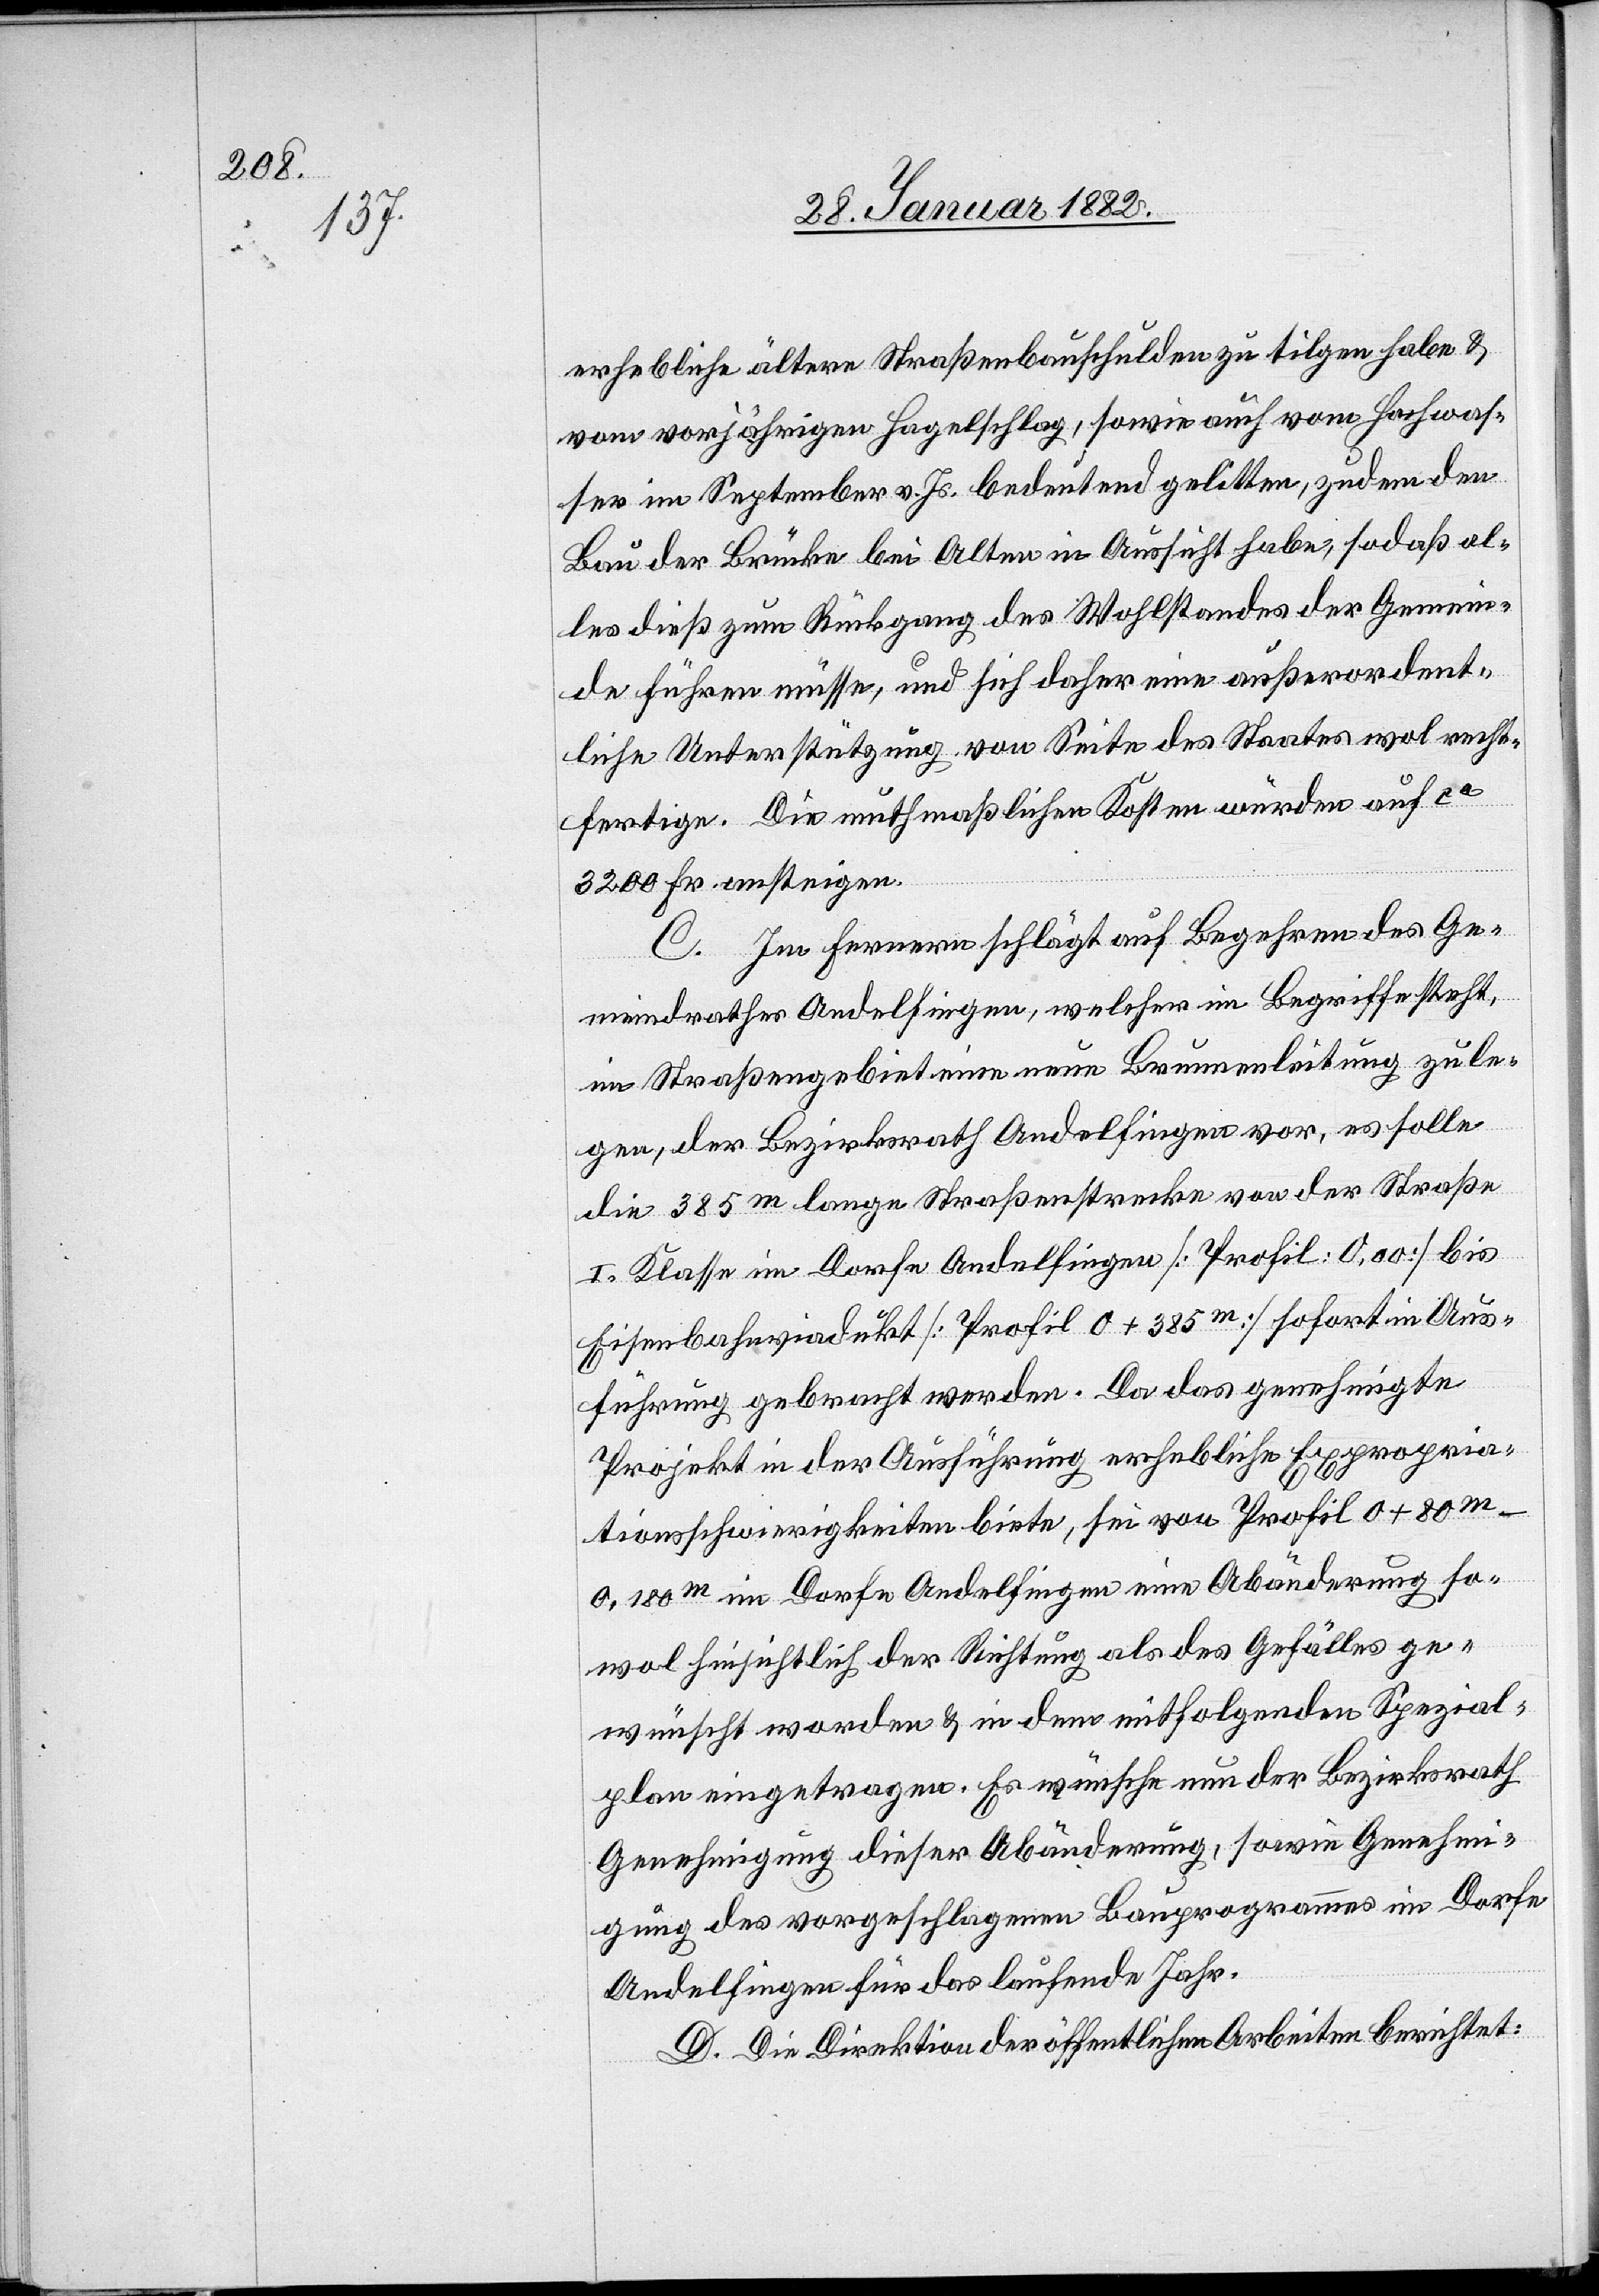
erhebliche ältere Straßenbauschulden zu tilgen habe &
vom vorjährigen Hagelschlag, sowie auch vom Hochwas¬
ser im September v. Js. bedeutend gelitten, zudem den
Bau der Brücke bei Alten in Aussicht habe, sodaß al¬
les dieß zum Rückgang des Wohlstandes der Gemein¬
de führen müsse, und sich daher eine außerordent¬
liche Unterstützung von Seite des Staates wol recht¬
fertige. Die muthmaßlichen Kosten würden auf ca
3200 Fr. ansteigen.
C. Im ferneren schlägt auf Begehren des Ge¬
meindrathes Andelfingen, welcher im Begriffe steht,
im Straßengebiet eine neue Brunnenleitung zu le¬
gen, der Bezirksrath Andelfingen vor, es solle
die 385m lange Straßenstrecke von der Straße
I. Klasse im Dorfe Andelfingen [Profil: 0,00] bis
Eisenbahnviadukt [Profil 0 + 385m] sofort in Aus¬
führung gebracht werden. Da das genehmigte
Projekt in der Ausführung erhebliche Expropria¬
tionsschwierigkeiten biete, sei von Profil 0 +
80m-0,180m im Dorfe Andelfingen eine Abänderung so¬
wol hinsichtlich der Richtung als des Gefälles ge¬
wünscht worden & in dem mitfolgenden Spezial¬
plan eingetragen. Es wünsche nun der Bezirksrath
Genehmigung dieser Abänderung, sowie Genehmi¬
gung des vorgeschlagenen Bauprogrammes im Dorfe
Andelfingen für das laufende Jahr.
D. Die Direktion der öffentlichen Arbeiten berichtet: